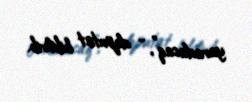
yaradacaq”, - deputat bildirib.